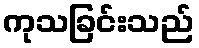
ကုသခြင်းသည်